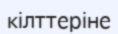
кілттеріне